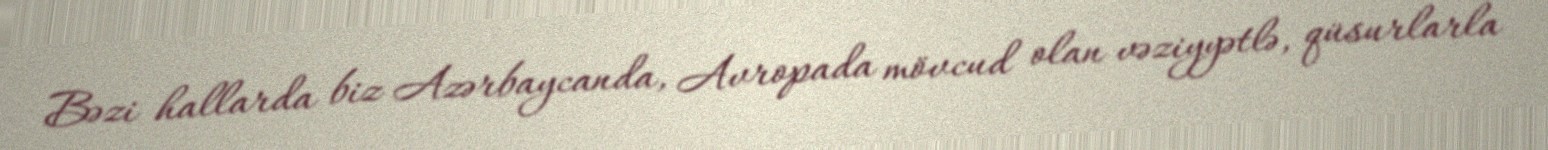
Bəzi hallarda biz Azərbaycanda, Avropada mövcud olan vəziyyətlə, qüsurlarla